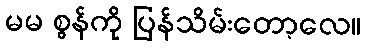
မမ စွန်ကို ပြန်သိမ်းတော့လေ။